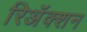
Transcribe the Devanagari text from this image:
रिअॅक्शन